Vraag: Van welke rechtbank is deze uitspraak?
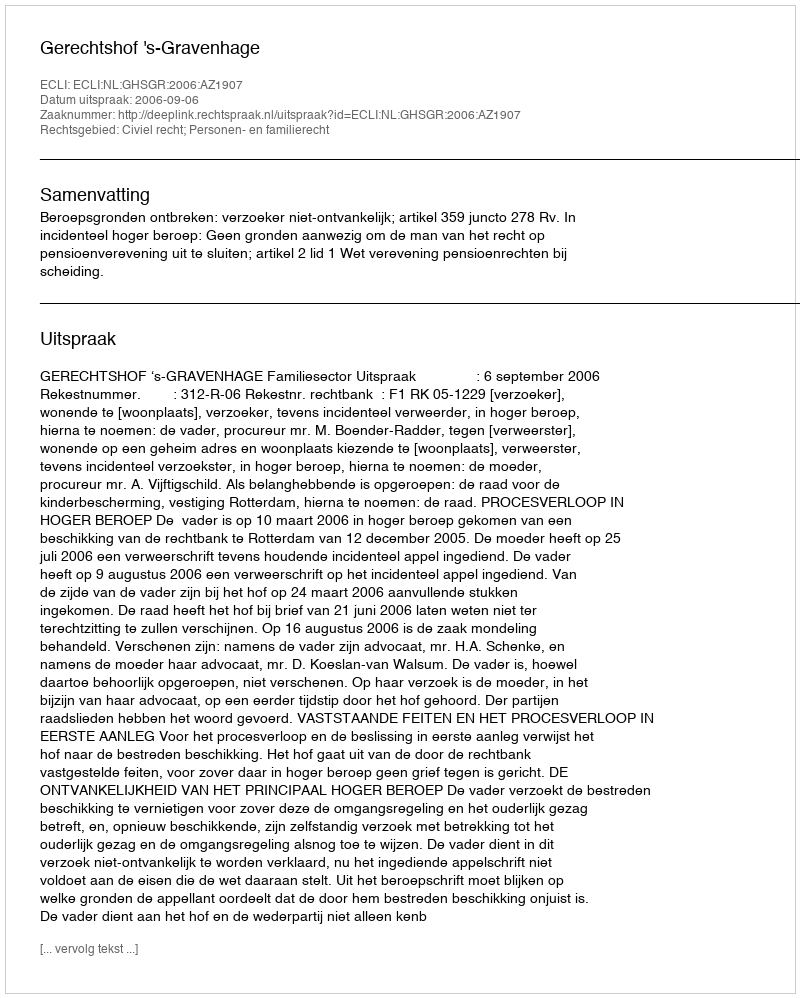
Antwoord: Gerechtshof 's-Gravenhage